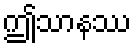
ဤသာနဿ